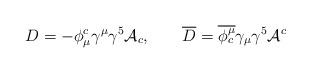
LaTeX: \begin{align*}D= -\phi^c_\mu \gamma^\mu\gamma^5 {\cal A}_c , \hspace{0.8cm} \overline D = \overline{\phi^\mu_c} \gamma_\mu\gamma^5 {\cal A}^c\end{align*}